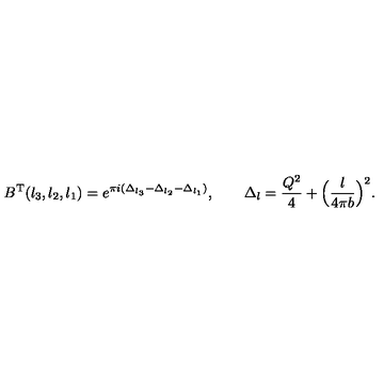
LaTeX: B ^ { \mathrm { T } } ( l _ { 3 } , l _ { 2 } , l _ { 1 } ) = e ^ { \pi i ( \Delta _ { l _ { 3 } } - \Delta _ { l _ { 2 } } - \Delta _ { l _ { 1 } } ) } , \qquad \Delta _ { l } = \frac { Q ^ { 2 } } { 4 } + \Bigl ( \frac { l } { 4 \pi b } \Bigr ) ^ { 2 } .